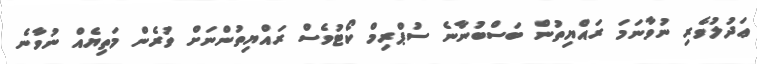
ޢަދުލުވެރި ނުވާނަމަ ރައްޔިތުން ބަސްބުނާނެ ސުޕްރިމް ކޯޓުވެސް ރައްޔިތުންނަށް ވުރެން މަތިޔެއް ނުވާނެ